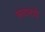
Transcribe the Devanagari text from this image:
सदनचे